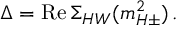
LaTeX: \Delta = \mathrm { R e } \, \Sigma _ { H W } ( m _ { H \pm } ^ { 2 } ) \, .